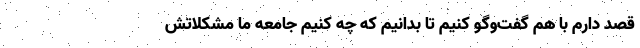
قصد دارم با هم گفت‌وگو کنیم تا بدانیم که چه کنیم جامعه ما مشکلاتش